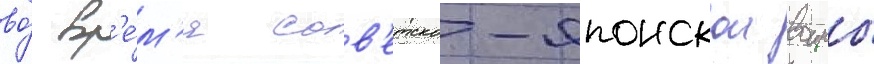
во́ вр'е́м'я сов'етско-японскои воины